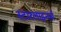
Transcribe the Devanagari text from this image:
स्टारलाइनर्स